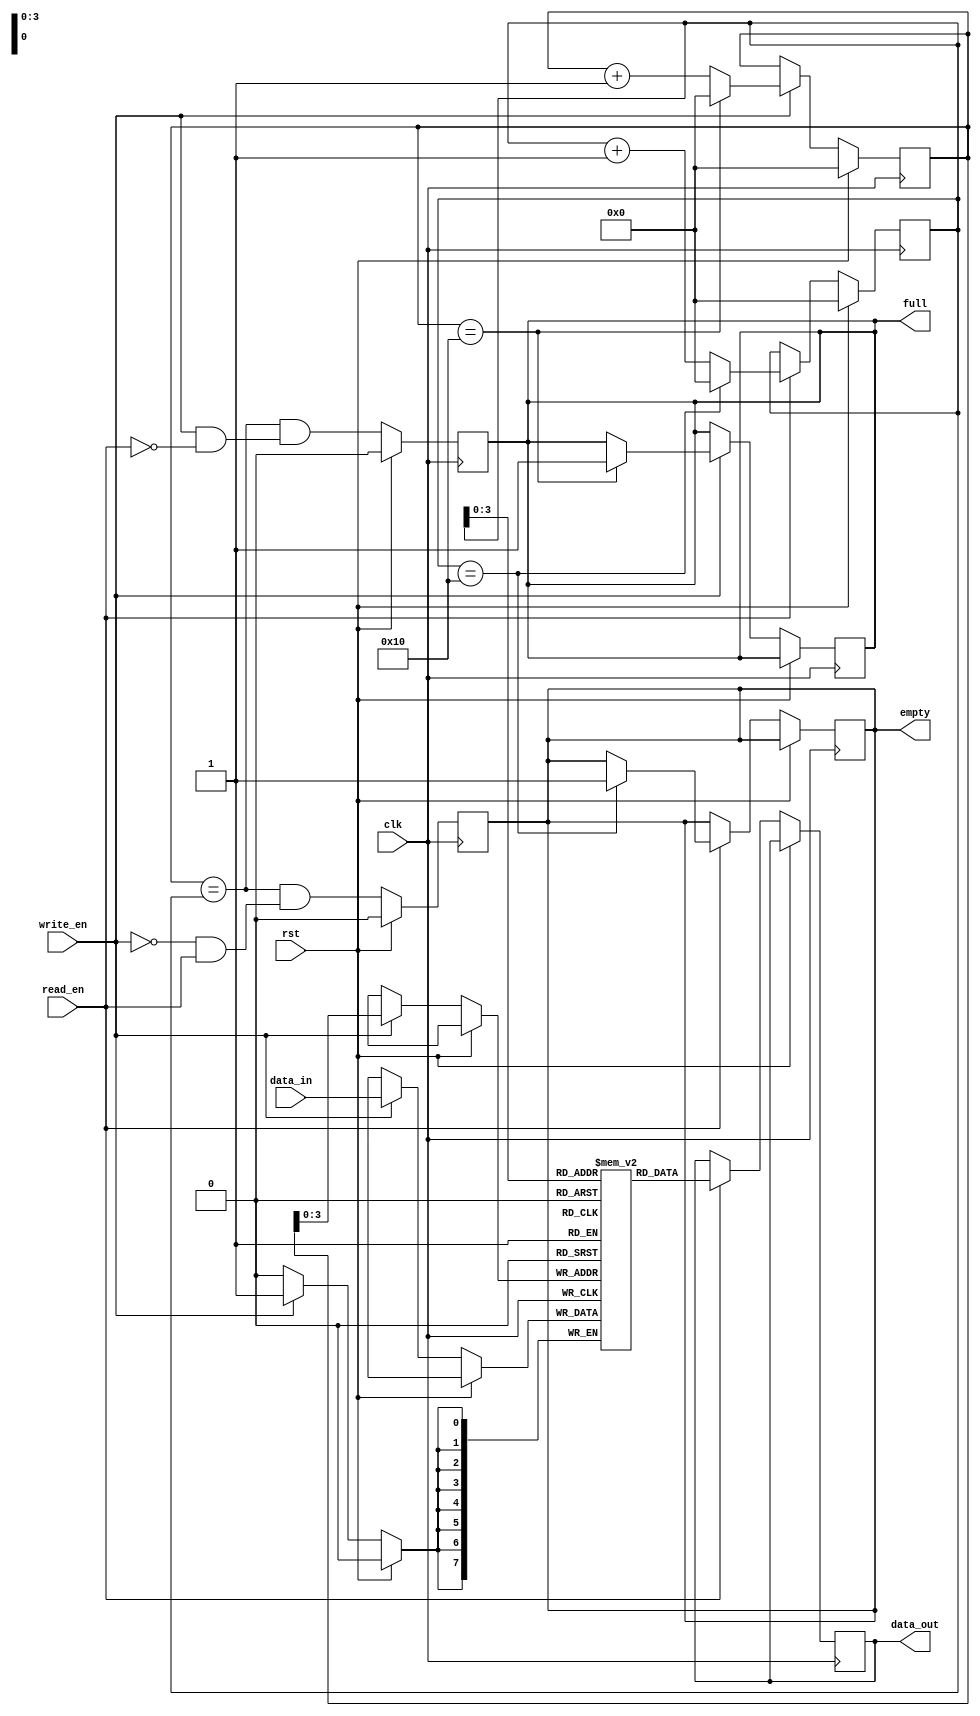
module asynchronous_fifo(
    input wire clk,
    input wire rst,
    input wire write_en,
    input wire read_en,
    input wire [DATA_WIDTH-1:0] data_in,
    output reg [DATA_WIDTH-1:0] data_out,
    output reg full,
    output reg empty
);

// Define parameters
parameter DATA_WIDTH = 8;
parameter DEPTH = 16;

// Define internal signals
reg [DATA_WIDTH-1:0] fifo [DEPTH-1:0];
reg [DATA_WIDTH-1:0] read_ptr;
reg [DATA_WIDTH-1:0] write_ptr;

// Timing control block
always @(posedge clk) begin
    if (rst) begin
        read_ptr <= 0;
        write_ptr <= 0;
    end else begin
        if (write_en) begin
            fifo[write_ptr] <= data_in;
            write_ptr <= write_ptr + 1;
            if (write_ptr == DEPTH) begin
                write_ptr <= 0;
                full <= 1;
            end
        end
        if (read_en) begin
            data_out <= fifo[read_ptr];
            read_ptr <= read_ptr + 1;
            if (read_ptr == DEPTH) begin
                read_ptr <= 0;
                empty <= 1;
            end
        end
    end
end

// Synchronization block
always @(posedge clk) begin
    if (rst) begin
        full <= 0;
        empty <= 0;
    end else begin
        full <= (write_ptr == read_ptr) && (write_en && !read_en);
        empty <= (write_ptr == read_ptr) && (!write_en && read_en);
    end
end

endmodule